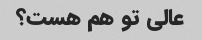
عالی تو هم هست؟